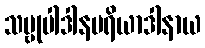
သဗ္ဗုပါဒါနပရိယာဒါနာယ